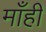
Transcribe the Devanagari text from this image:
माँही